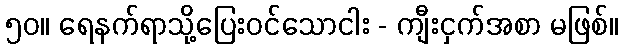
၅၀။ ရေနက်ရာသို့ပြေးဝင်သောငါး - ကျီးငှက်အစာ မဖြစ်။